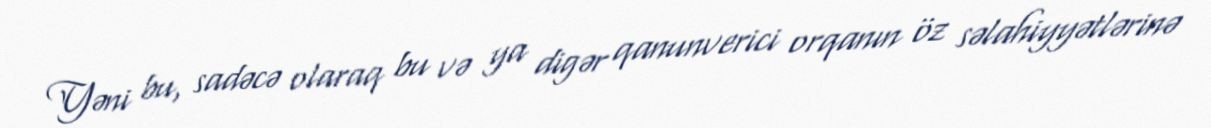
Yəni bu, sadəcə olaraq bu və ya digər qanunverici orqanın öz səlahiyyətlərinə